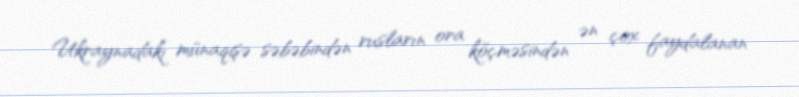
Ukraynadakı münaqişə səbəbindən rusların ora köçməsindən ən çox faydalanan